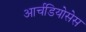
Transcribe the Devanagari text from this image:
आर्चडियोसेस